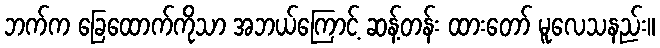
ဘက်က ခြေထောက်ကိုသာ အဘယ်ကြောင့် ဆန့်တန်း ထားတော် မူလေသနည်း။